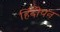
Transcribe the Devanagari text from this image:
हिंदीपन